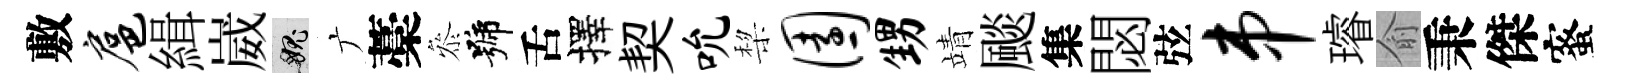
敷扈緝崴愧广藁叅號舌擇契吮棃园甥靖颷集閟弦串璿俞秉傑蜜